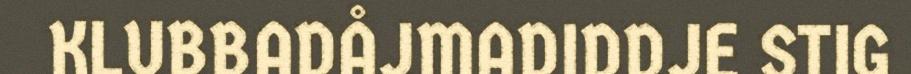
KLUBBADÅJMADIDDJE STIG